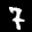
Label: 7